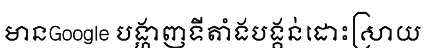
មានGoogle បង្ហាញទីតាំងបង្គន់ដោះស្រាយ